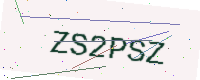
Text: ZS2PSZ